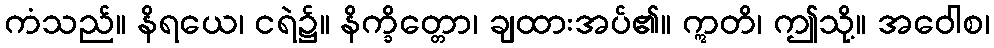
ကံသည်။ နိရယေ၊ ငရဲ၌။ နိက္ခိတ္တော၊ ချထားအပ်၏။ ဣတိ၊ ဤသို့။ အဝေါစ၊